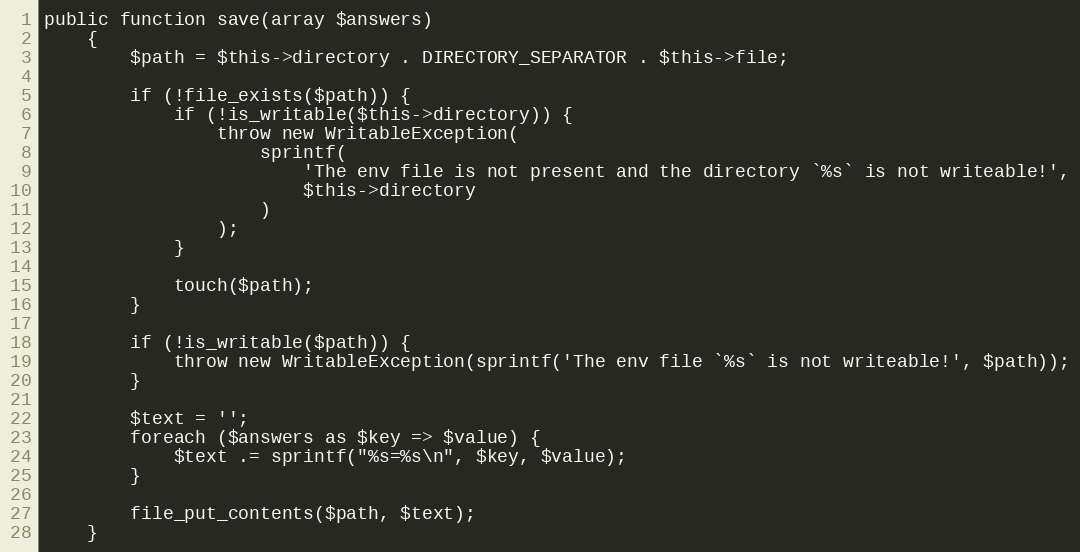
Language: PHP
public function save(array $answers)
    {
        $path = $this->directory . DIRECTORY_SEPARATOR . $this->file;

        if (!file_exists($path)) {
            if (!is_writable($this->directory)) {
                throw new WritableException(
                    sprintf(
                        'The env file is not present and the directory `%s` is not writeable!',
                        $this->directory
                    )
                );
            }

            touch($path);
        }

        if (!is_writable($path)) {
            throw new WritableException(sprintf('The env file `%s` is not writeable!', $path));
        }

        $text = '';
        foreach ($answers as $key => $value) {
            $text .= sprintf("%s=%s\n", $key, $value);
        }

        file_put_contents($path, $text);
    }